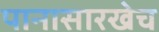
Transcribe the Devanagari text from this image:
पानासारखेच